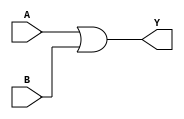
// 74x08 - Quad input OR Gate. Gates 1,2,3 and 4
module MOD_74x32_1 (
    input A,
    input B,
    output Y);

assign Y = A | B;

endmodule